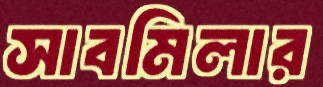
সাবমিলার